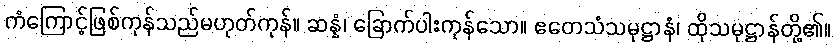
ကံကြောင့်ဖြစ်ကုန်သည်မဟုတ်ကုန်။ ဆန္နံ၊ ခြောက်ပါးကုန်သော။ ဧတေသံသမုဋ္ဌာနံ၊ ထိုသမုဋ္ဌာန်တို့၏။